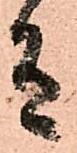
有